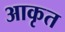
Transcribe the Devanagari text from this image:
आकृत